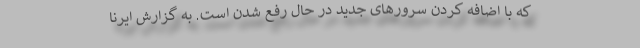
که با اضافه کردن سرورهای جدید در حال رفع شدن است. به گزارش ایرنا